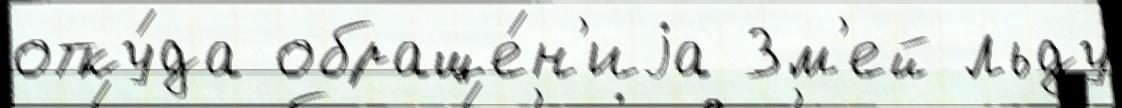
отку́да обраще́н'иjа Зм'ей льду